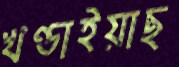
খণ্ডাইয়াছ